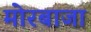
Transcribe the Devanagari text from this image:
मोरबाजा